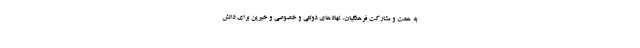
به همت و مشارکت فرهنگیان، نهادهای دولتی و خصوصی و خیرین برای دانش